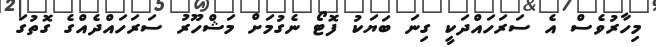
މިހާރުވެސް އެ ސަރަހައްދަކީ ގިނަ ބަޔަކު ފޮޓޯ ނެގުމަށް މަޝްހޫރު ސަރަހައްދެއްގެ ގޮތުގަ